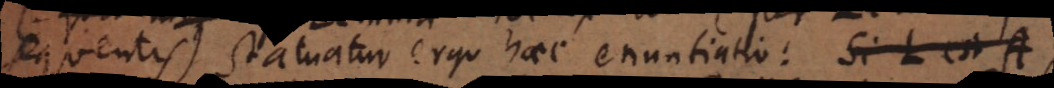
sequentis). Statuatur ergo haec enuntiatio: Si L est A,